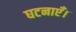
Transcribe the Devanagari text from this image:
घटनाएँ।